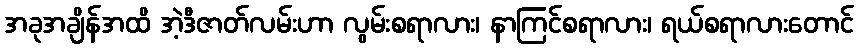
အခုအချိန်အထိ အဲ့ဒီဇာတ်လမ်းဟာ လွမ်းစရာလား၊ နာကြင်စရာလား၊ ရယ်စရာလားတောင်